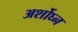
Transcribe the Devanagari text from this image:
अर्शोघ्न